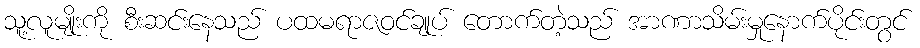
သူ့လူမျိုးကို စီးဆင်းနေသည် ပထမရာဇဝင်ချုပ် တောက်တဲ့သည် အာဏာသိမ်းမှုနောက်ပိုင်းတွင်